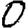
Digit: 0